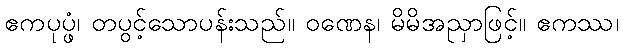
ဧကပုပ္ဖံ၊ တပွင့်သောပန်းသည်။ ဝဏေန၊ မိမိအညှာဖြင့်။ ဧကဿ၊